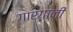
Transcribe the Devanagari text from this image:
गारगानी